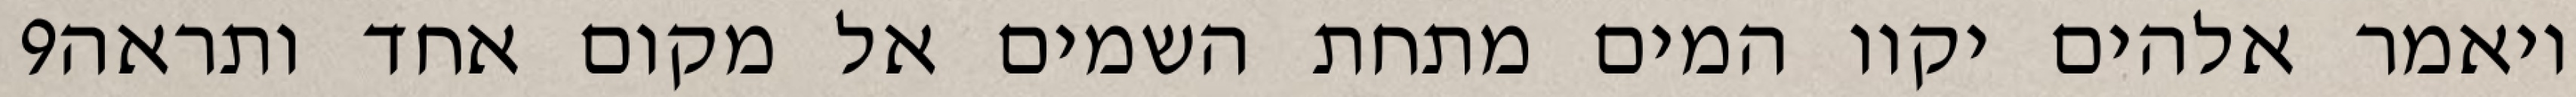
‎9‏ ויאמר אלהים יקוו המים מתחת השמים אל מקום אחד ותראה